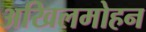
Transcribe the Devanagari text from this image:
अखिलमोहन